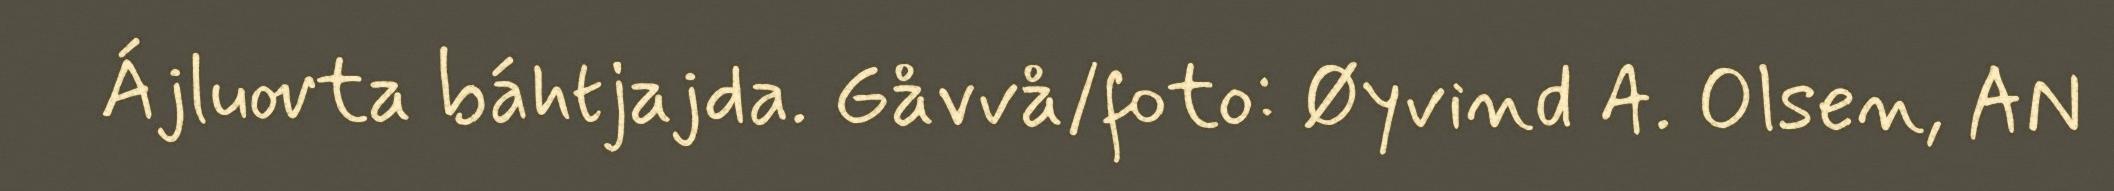
Ájluovta báhtjajda. Gåvvå/foto: Øyvind A. Olsen, AN